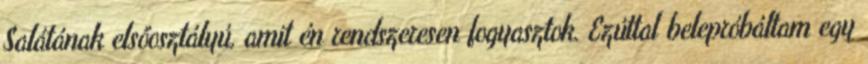
Salátának elsőosztályú, amit én rendszeresen fogyasztok. Ezúttal belepróbáltam egy